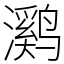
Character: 㶉